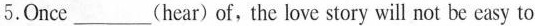
5.Once___(hear)of, the love story will not be easy to